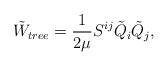
\begin{align*} \tilde{W}_{tree}=\frac{1}{2\mu}S^{ij}\tilde{Q}_{i}\tilde{Q}_{j},\end{align*}